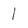
Character: 1